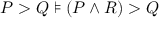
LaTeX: P > Q \models ( P \land R ) > Q